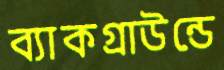
ব্যাকগ্রাউন্ডে